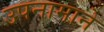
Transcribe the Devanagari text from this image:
उपनामाने